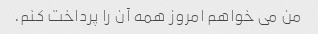
من می خواهم امروز همه آن را پرداخت کنم.